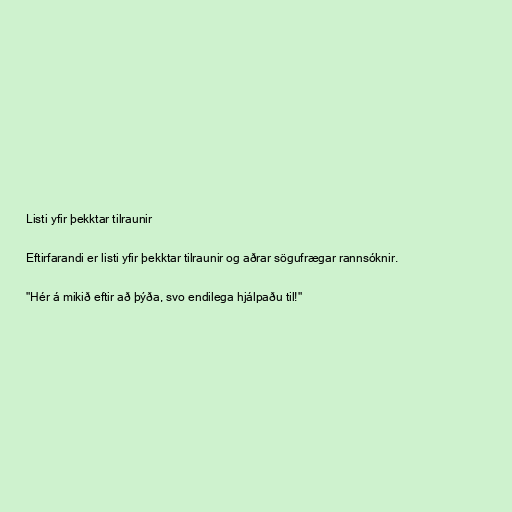
Listi yfir þekktar tilraunir

Eftirfarandi er listi yfir þekktar tilraunir og aðrar sögufrægar rannsóknir.

"Hér á mikið eftir að þýða, svo endilega hjálpaðu til!"